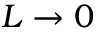
L \rightarrow 0